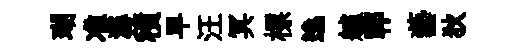
瑚准潺積早汪冥標逸艫鄆藝狄